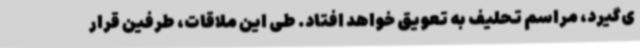
ی‌گیرد، مراسم تحلیف به تعویق خواهد افتاد. طی این ملاقات، طرفین قرار